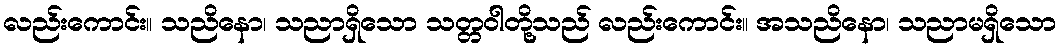
လည်းကောင်း။ သညိနော၊ သညာရှိသော သတ္တဝါတို့သည် လည်းကောင်း။ အသညိနော၊ သညာမရှိသော